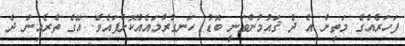
ފަހަރެއްގެ މަތިން އެ ދެ ޤައުމުންވަނީ ބޮޑު ހަނގުރާމައެއްކޮށްފައެވެ. އޭގެ ތެރެއިން ދެ